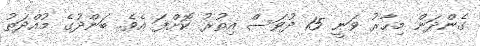
ގެންދަން މިހާރު ވަނީ 15 ދުވަަސް އިތުރު ކޮށްފަ އެވެ. ބަންދުގެ މުއްދަތު